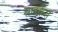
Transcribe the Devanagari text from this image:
साइकैस